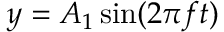
y = A _ { 1 } \sin ( 2 \pi f t )